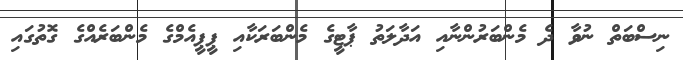
ނިސްބަތް ނުވާ ދެ މެންބަރުންނާއި އަދާލަތު ޕާޓީގެ މެންބަރަކާއި ޕީޕީއެމްގެ މެންބަރެއްގެ ގޮތުގައި